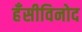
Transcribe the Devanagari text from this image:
हँसीविनोद